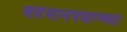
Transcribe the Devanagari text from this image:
वर्तमानपत्रान्च्या